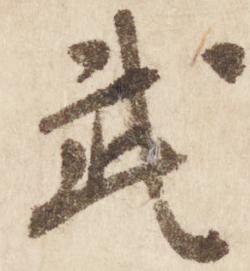
武